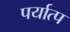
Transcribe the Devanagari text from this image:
पर्यात्प